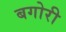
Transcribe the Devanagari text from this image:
बगोरी